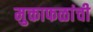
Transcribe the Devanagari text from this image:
मुक्ताफळांची